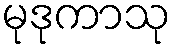
မုဒုကာသု